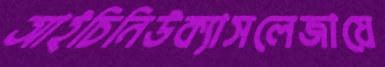
আইচিনিউক্যাসলেজায়ে